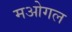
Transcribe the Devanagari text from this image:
मओगल